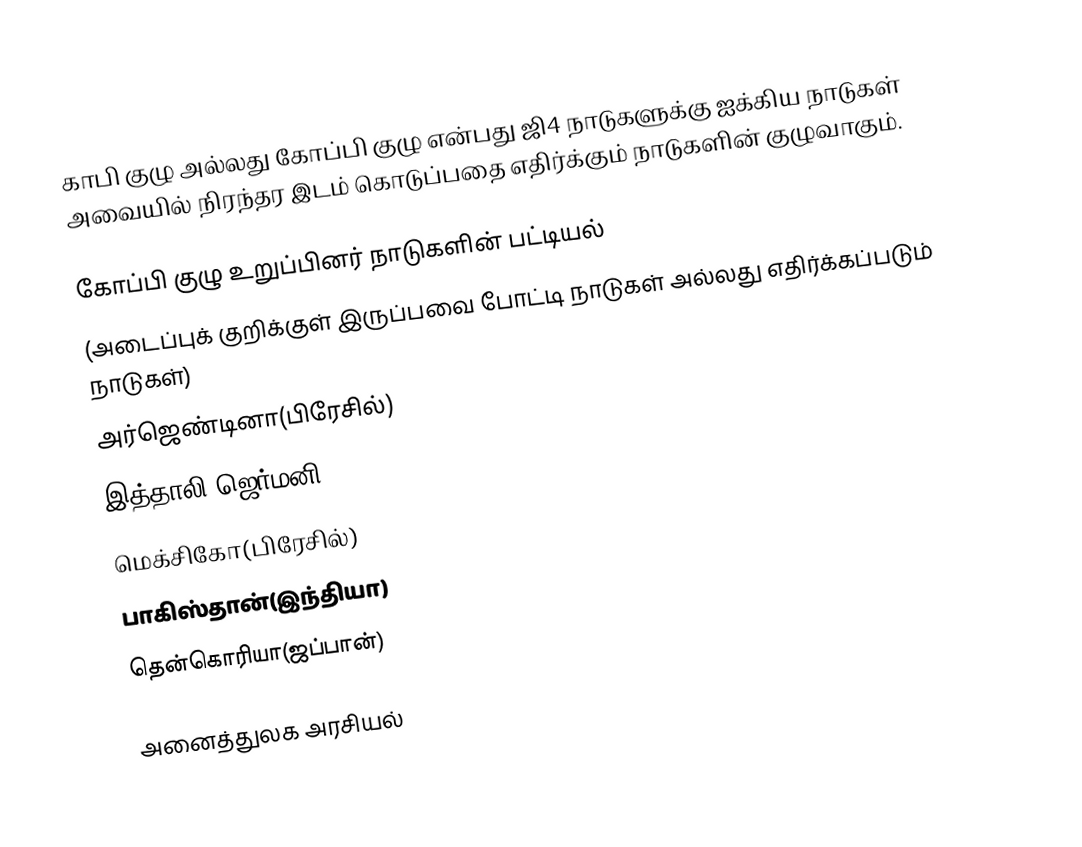
காபி குழு அல்லது கோப்பி  குழு என்பது ஜி4 நாடுகளுக்கு ஐக்கிய நாடுகள் அவையில் நிரந்தர இடம் கொடுப்பதை எதிர்க்கும் நாடுகளின் குழுவாகும்.

கோப்பி  குழு உறுப்பினர் நாடுகளின் பட்டியல்
(அடைப்புக் குறிக்குள் இருப்பவை போட்டி நாடுகள் அல்லது எதிர்க்கப்படும் நாடுகள்)
 அர்ஜெண்டினா(பிரேசில்)
 இத்தாலி(ஜெர்மனி)
 மெக்சிகோ(பிரேசில்)
 பாகிஸ்தான்(இந்தியா)
 தென்கொரியா(ஜப்பான்)

அனைத்துலக அரசியல்